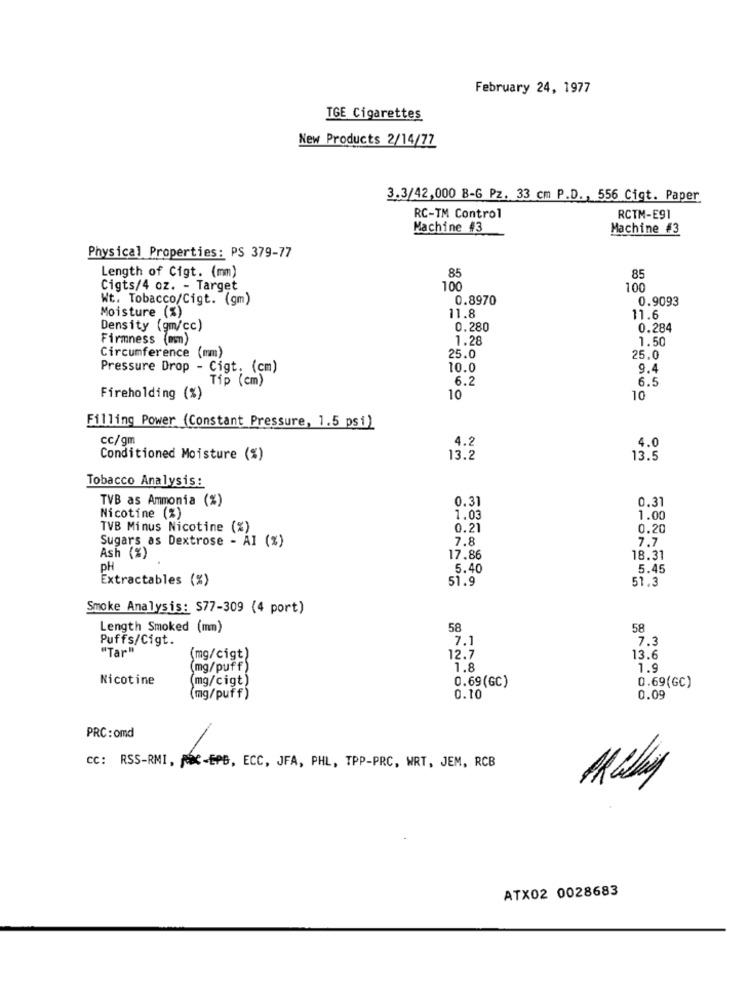
February 24, 1977
TGE Cigarettes
New Products 2/14/77
3.3/42,000 B-6 Pz. 33 cm P.D ., 556 Cigt. Paper
RC-TM Control
RCTM-E91
Machine #3
Machine #3
Physical Properties: PS 379-77
Length of Cigt. (mm)
85
85
Cigts/4 oz. - Target
10
100
Wt. Tobacco/Cigt. (gm)
0.8970
0.9093
Moisture (%)
11.8
11.6
Density (gm/cc)
0.280
0.284
Firmness (nom)
1.28
1.50
Circumference (mm)
25.0
25.0
Pressure Drop - Cigt. (cm)
10.0
9.4
Tip (cm)
6.2
6.5
Fireholding (%)
10
10
Filling Power (Constant Pressure, 1.5 psi)
cc/gm
4.2
4.0
Conditioned Moisture (%)
13.2
13.5
Tobacco Analysis:
TVB as Ammonia (%)
0.31
0.31
Nicotine (%)
1.03
1.00
TVB Minus Nicotine (%)
0.21
0.20
Sugars as Dextrose - AI (%)
7.8
7.7
Ash (%)
17.86
18.31
PH
5.40
5.45
Extractables (%)
51.9
51.3
Smoke Analysis: S77-309 (4 port)
Length Smoked (mm)
58
58
Puffs/Cigt.
7.1
7.3
"Tar"
(mg/cigt)
12.7
13.6
(mg/puff)
1.8
1.9
Nicotine
(mg/cigt)
0.69(GC)
0.69(GC)
(mg/puff)
0.10
0.09
PRC: omd
cc: RSS-RMI, jeec-EPB, ECC, JFA, PHL, TPP-PRC, WRT, JEM, RCB
ATX02 0028683